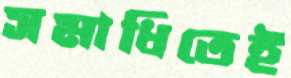
সমাধিতেই